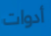
أدوات